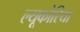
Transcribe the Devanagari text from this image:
ल्यूकोरिया